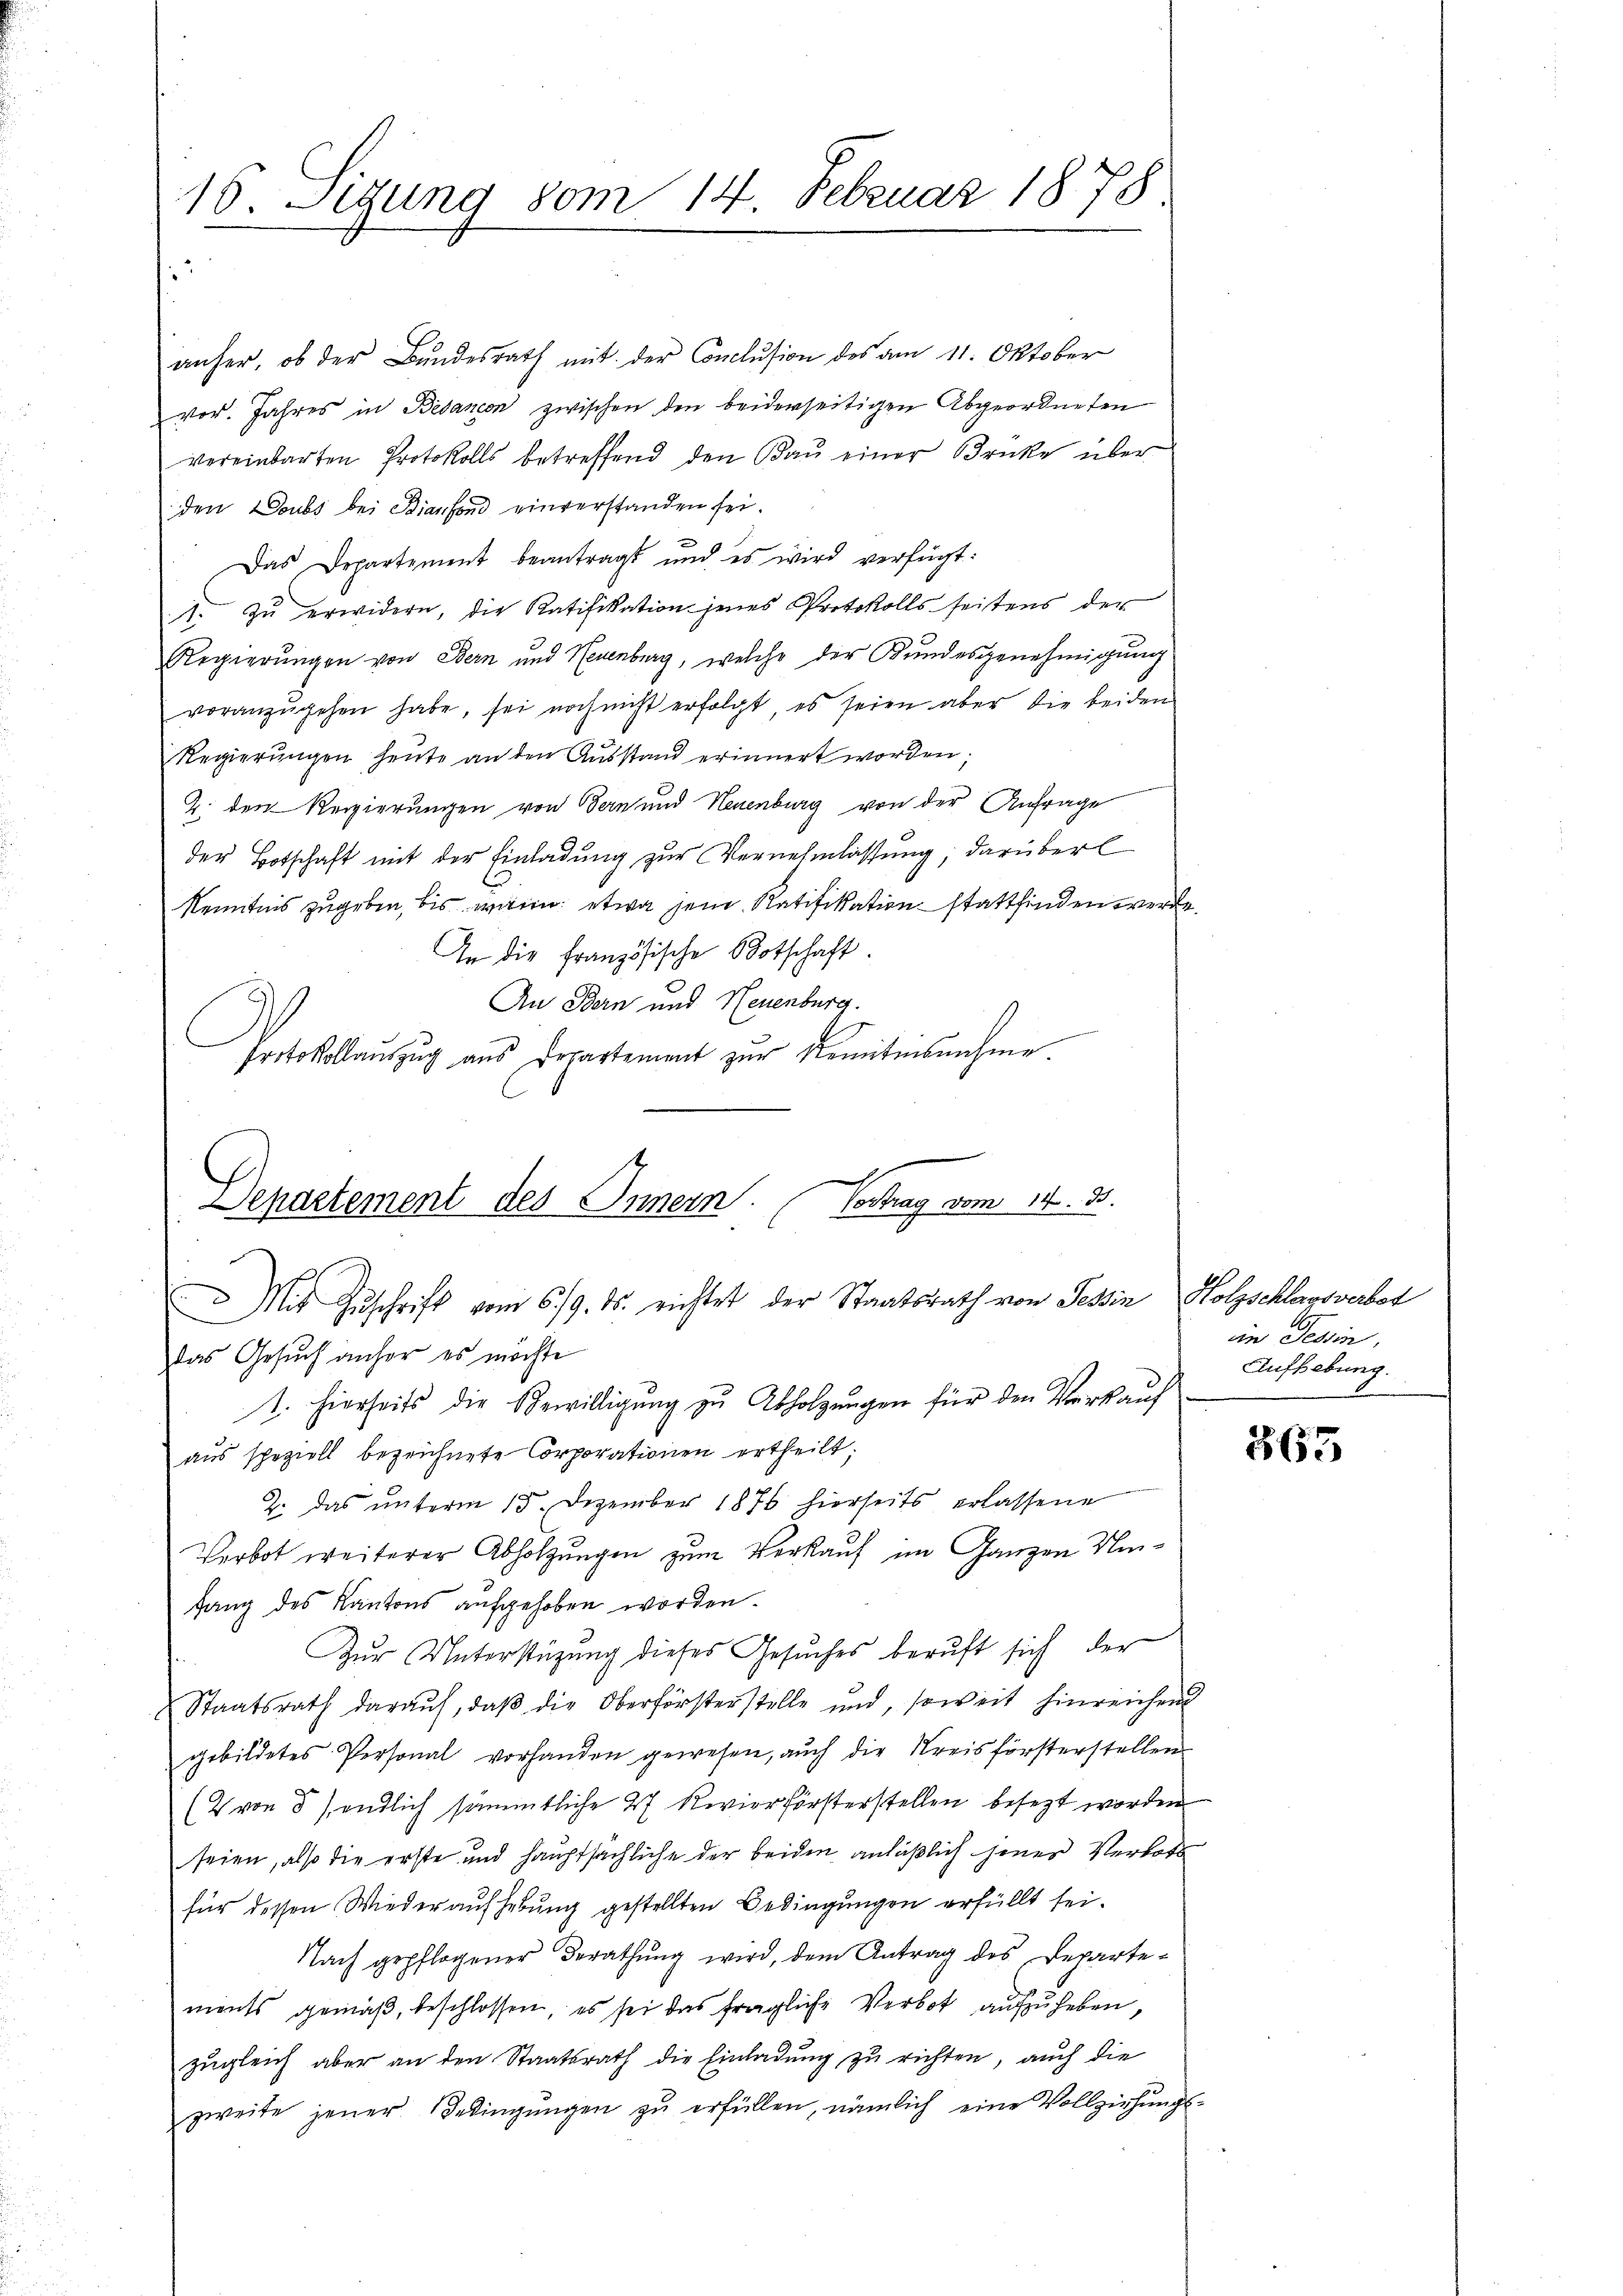
16. Sigung vom 14. Februar 1878

anher, ob der Bundesrath mit der Conclusion des am 11. Oktober
vor. Jahres in Bebancon zwischen den beiderseitigen Abgeordneten
vereinbarten Protokolls betreffend den Baŭ einer Brücke über
den Doubs bei Bianfond einverstanden sei.
Das Departement beantragt und es wird verfügt:
11. zŭ erwidern, die Ratifikation jenes Protokolls seitens der
Regierungen von Bern und Neuenburg, welche der Bundesgenehmigung
voranzŭgehen habe, sei noch nicht erfolgt, es seien aber die beiden
Regierŭngen heŭte an den Aŭsstand erinnert worden;
Z. den Regierungen von Bern und Neuenburg von der Anfrage
der Botschaft mit der Einladung zur Vernehmlassung, darüberl
Kenntnis zugeben, bis wann etwa jene Ratifikation stattfinden werde.
In die Französische Botschaft.
Au Bern und Neuenburg.
C
Protokollauszug aus Departement zur Remitinsnahme.

Departement des Innern. Vortrag vom 14. 33.
Mit Zŭschrift vom 6./9. ds. richtet der Staatsrath von Tessin Holzschlagsverbet

das Gesuch anher es möchte
1. hierseits die Bewilligung zu Abholzungen für den Verkauf
aus speziell bezeichnete Corporationen ertheilt;
2. das ŭnterm 15. Dezember 1876 hierseits erlassene
Verbot weiterer Abholzungen zum Verkauf im Ganzen Um¬
3
fang des Kantons aufgehoben worden.
Zur Unterstüzung dieses Gesuches beruft sich der
Staatsrath daraŭf, daβ die Oberförsterstelle und, soweit hinreichen
gebildetes Personal vorhanden gewesen, aŭch die Kreisförsterstellen
(2 von 5) endlich sämmtliche 27 Revierförsterstellen besezt worden
seien, also die erste und hauptsächliche der beiden anläßlich jener Verbots
für dessen Wiederaufhebung gestellten Bedingungen erfüllt sei.
Nach gepflogener Berathŭng wird, dem Antrag des Departe-
ments gemäß, beschlossen, es sei das fragliche Verbot aufzuheben,
zugleich aber an den Staatsrath die Einladung zu richten, auch die
zweite jener Bedingŭngen zŭ erfüllen, nämlich eine Vollziehŭngs-

im Tessin,
Aufhebung.

365